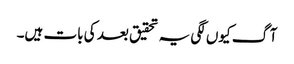
آگ کیوں لگی یہ تحقیق بعد کی بات ہیں۔